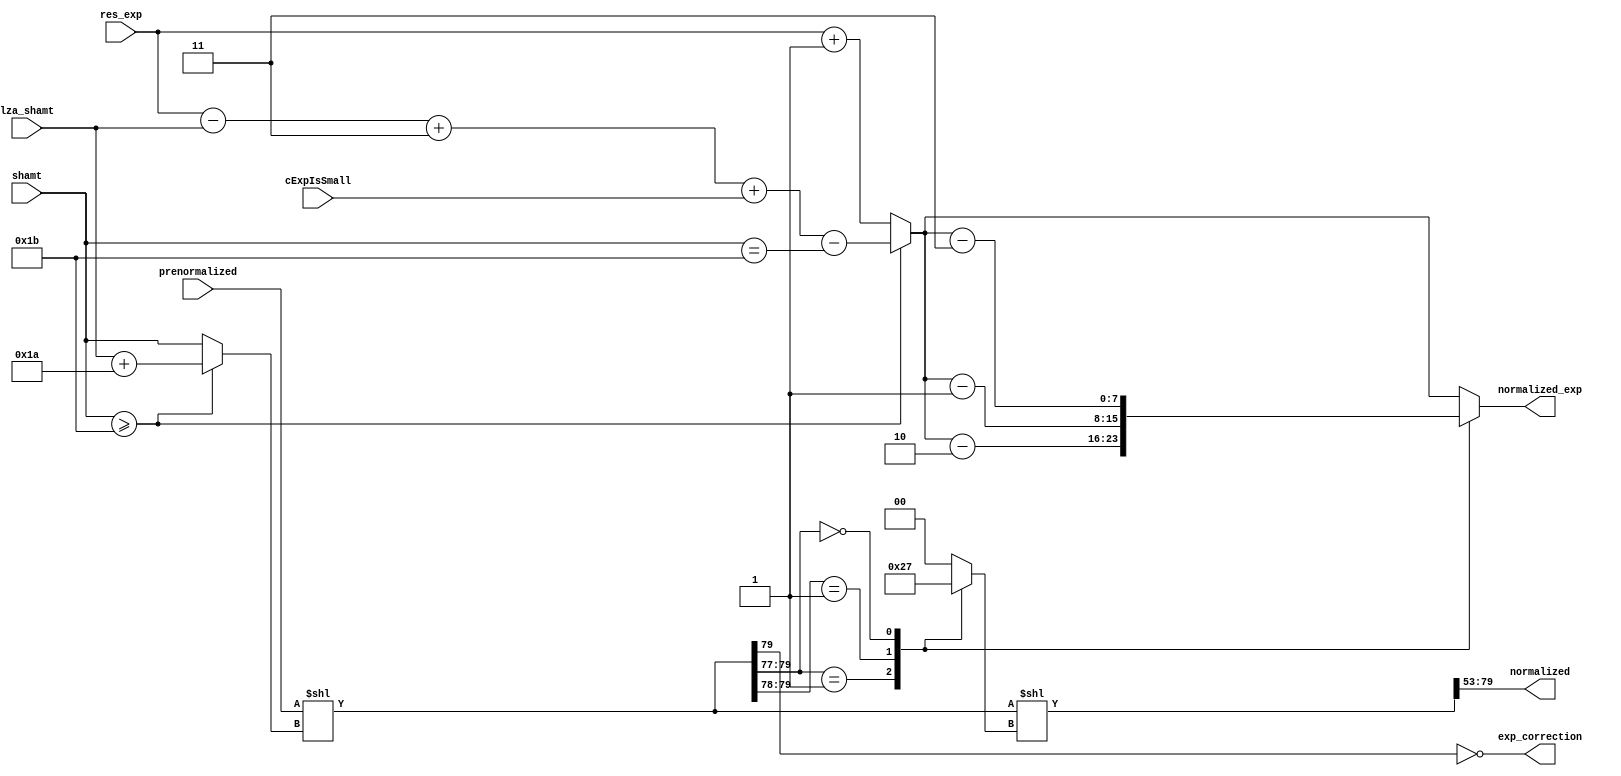
module normalizeAndExpUpdate(prenormalized, lza_shamt, cExpIsSmall, shamt, exp_correction, normalized, res_exp, normalized_exp);
 
 //Parameters
  parameter WIDTH=32; //32 or 64
  parameter EXP_WIDTH=8;
  parameter SIG_WIDTH=23;

         
  input [3*(SIG_WIDTH+1)+7:0] prenormalized;//80-bit
  input [5:0] lza_shamt, shamt;
  input cExpIsSmall;
  input [EXP_WIDTH-1:0] res_exp;
  output [EXP_WIDTH-1:0] normalized_exp;
  
  
  output exp_correction;
  output [(SIG_WIDTH+1)+2:0] normalized; //27-bit
  
  wire [3*(SIG_WIDTH+1)+7:0] normalized1,normalized2;  //80-bit
  //If cExp was small, the top 24 bits only  so add 24
  //to lza_shamt
  wire shamt_portion = (shamt>=SIG_WIDTH+4);
  wire [5:0] lza_corrected1 = (shamt_portion)? lza_shamt+(SIG_WIDTH+3) : shamt;
  wire [EXP_WIDTH-1:0] exp_update1 = (shamt_portion)? res_exp-lza_shamt+3+cExpIsSmall-(shamt==27) : res_exp+1;
  
  //Big shift
  assign normalized1 = prenormalized << lza_corrected1;
  
  //Correction shamt
  reg [1:0] corr_shamt;
  reg [EXP_WIDTH-1:0] exp_update2;
  always @ * begin
     casex(normalized1[3*(SIG_WIDTH+1)+7:3*(SIG_WIDTH+1)+7-2])//79:77
       3'b001: begin corr_shamt=2;  exp_update2 = exp_update1 - 2; end
       3'b01x: begin corr_shamt=1; exp_update2 = exp_update1 - 1; end
       3'b000: begin corr_shamt=3; exp_update2 = exp_update1 - 3; end
       default: begin corr_shamt=0; exp_update2 = exp_update1; end
     endcase
  end
  //LZA correction shift
  assign normalized2 = normalized1<< corr_shamt;

  assign normalized = normalized2[3*(SIG_WIDTH+1)+7:2*(SIG_WIDTH+1)+5]; //79:54 -- 27-bit
  assign exp_correction = (~normalized1[3*(SIG_WIDTH+1)+7]);
  
  assign normalized_exp = exp_update2;
  
endmodule